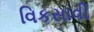
વિકસાવી